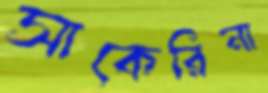
সাকেরিনা